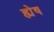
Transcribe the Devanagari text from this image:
ह्येष